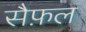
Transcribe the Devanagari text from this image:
सैफ़ल